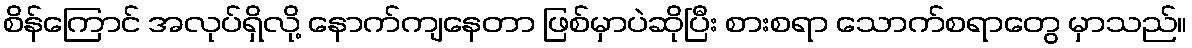
စိန်ကြောင် အလုပ်ရှိလို့ နောက်ကျနေတာ ဖြစ်မှာပဲဆိုပြီး စားစရာ သောက်စရာတွေ မှာသည်။